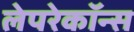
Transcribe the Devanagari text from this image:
लेपरेकॉन्स